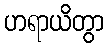
ဟရာယိတွာ